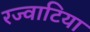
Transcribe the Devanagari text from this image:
रज्वाटिया